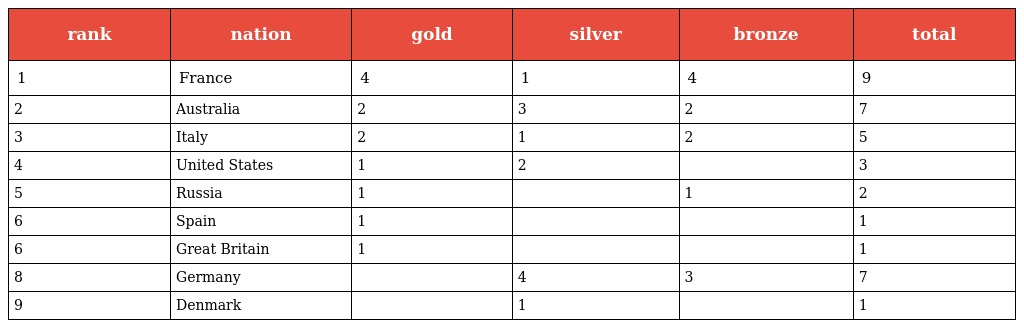
| rank | nation | gold | silver | bronze | total |
 | --- | --- | --- | --- | --- | --- |
 | 1 | France | 4 | 1 | 4 | 9 |
 | 2 | Australia | 2 | 3 | 2 | 7 |
 | 3 | Italy | 2 | 1 | 2 | 5 |
 | 4 | United States | 1 | 2 |  | 3 |
 | 5 | Russia | 1 |  | 1 | 2 |
 | 6 | Spain | 1 |  |  | 1 |
 | 6 | Great Britain | 1 |  |  | 1 |
 | 8 | Germany |  | 4 | 3 | 7 |
 | 9 | Denmark |  | 1 |  | 1 |